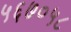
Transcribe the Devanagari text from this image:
५६७०५८